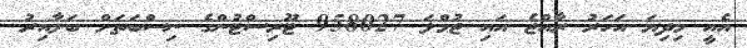
އެއީ މިދިޔަ އަހަރު ރާއްޖެ އައި ޖުމްލަ 958027 ޓޫރިސްޓުންގެ ނިސްބަތަށް ބަލާއިރު